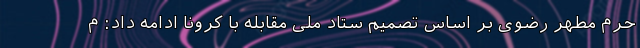
حرم مطهر رضوی بر اساس تصمیم ستاد ملی مقابله با کرونا ادامه داد: م